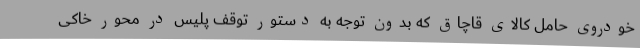
خودروی حامل کالای قاچاق که بدون توجه به دستور توقف پلیس در محور خاکی